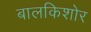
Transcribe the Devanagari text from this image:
बालकिशोर